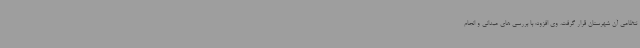
نتظامی آن شهرستان قرار گرفت. وی افزود: با بررسی های میدانی و انجام